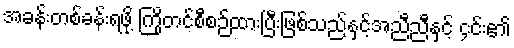
အခန်းတစ်ခန်းရဖို့ ကြိုတင်စီစဉ်ထားပြီးဖြစ်သည်နှင့်အညီညီနှင့် ၄င်း၏